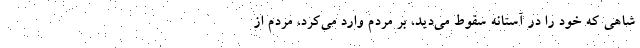
شاهی که خود را در آستانه سقوط می‌دید، بر مردم وارد می‌کرد، مردم از